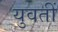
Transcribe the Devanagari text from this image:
युवतीं